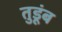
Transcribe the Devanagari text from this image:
तुडूंब